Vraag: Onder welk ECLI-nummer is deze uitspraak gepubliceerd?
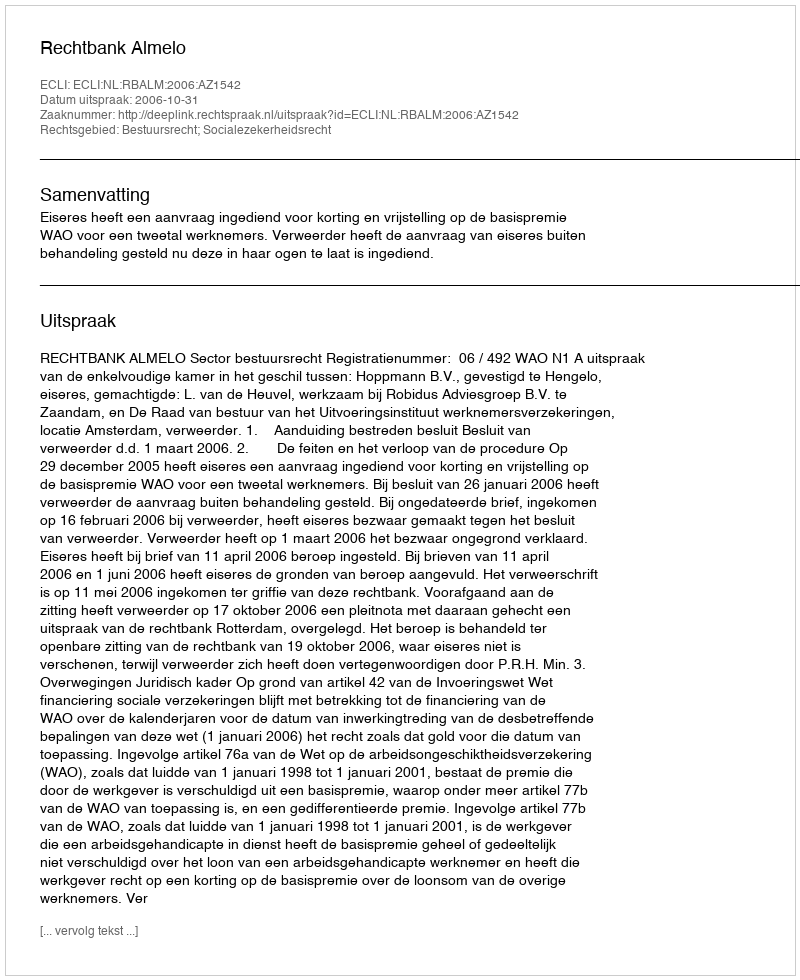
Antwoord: ECLI:NL:RBALM:2006:AZ1542